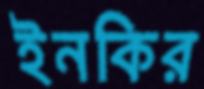
ইনকির